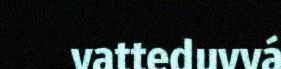
vatteduvvá